Vaccination in Bombay 1889-1901 - 1889-1901
Year: 1889
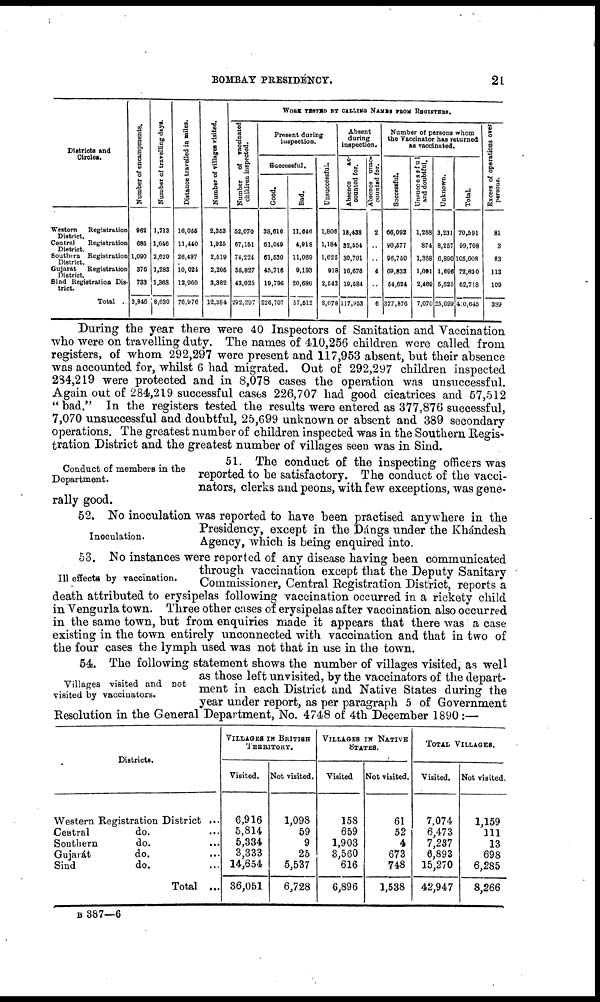
BOMBAY PRESIDENCY.
21
Districts and
Circles.
Western
Registration
District.
Central
Registration
District.
Southern Registration
District.
Gujarát
Registration
District.
Sind Registration Dis-
trict.
Total ..
Number of encampments.
962
685
1,090
370
733
3,646
Number of travelling days.
1,713
1,646
2,620
1,283
1,368
8,630
Distance travelled in miles.
16,055
11,440
26,497
10,024
12,960
76,976
Number of villages visited.
2,353
1,925
2,519
2,205
3,382
12,384
WORK TESTED BY CALLING NAMES FROM REGISTERS.
Number
of vaccinated
children inspected.
52,070
67,151
74,224
56,827
43,025
292,297
Present during
inspection.
Successful.
Good.
38,616
61,049
61,530
45,716
19,796
226,707
Bad.
11,646
4,918
11,069
9,193
20,686
57,512
Unsuccessful.
1,808
1,184
1,625
918
2,543
8,078
Absent
during
inspection.
Absence
ac-
counted for.
18,438
32,554
30,701
16,676
19,584
117,953
Absence unac-
counted for.
2
..
..
4
..
6
Number of persons whom
the Vaccinator has returned
as vaccinated.
Successful.
66.092
90,577
96,750
69,833
54,624
377,876
Unsuccessfu1
and doubtful.
1,268
874
1,368
1,091
2,469
7,070
Unknown.
3,231
8,257
6,890
1,696
5,625
25,699
Total.
70,591
99,708
105,008
72,620
62,718
40,645
Excess of operations over
persons.
81
3
83
113
109
389
During the year there were 40 Inspectors of Sanitation and Vaccination
who were on travelling duty. The names of 410,256 children were called from
registers, of whom 292,297 were present and 117,953 absent, but their absence
was accounted for, whilst 6 had migrated. Out of 292,297 children inspected
234,219 were protected and in 8,078 cases the operation was unsuccessful.
Again out of 284,219 successful cases 226,707 had good cicatrices and 57,512
" bad." In the registers tested the results were entered as 377,876 successful,
7,070 unsuccessful and doubtful, 25,699 unknown or absent and 389 secondary
operations. The greatest number of children inspected was in the Southern Regis-
tration District and the greatest number of villages seen was in Sind.
Conduct of members in the
Department.
51. The conduct of the inspecting officers was
reported to be satisfactory. The conduct of the vacci-
nators, clerks and peons, with few exceptions, was gene-
rally good.
Inoculation.
52. No inoculation was reported to have been practised anywhere in the
Presidency, except in the Dángs under the Khándesh
Agency, which is being enquired into.
Ill effects by vaccination.
53. No instances were reported of any disease having been communicated
through vaccination except that the Deputy Sanitary
Commissioner, Central Registration District, reports a
death attributed to erysipelas following vaccination occurred in a rickety child
in Vengurla town. Three other cases of erysipelas after vaccination also occurred
in the same town, but from enquiries made it appears that there was a case
existing in the town entirely unconnected with vaccination and that in two of
the four cases the lymph used was not that in use in the town.
Villages visited and not
visited by vaccinators.
54. The following statement shows the number of villages visited, as well
as those left unvisited, by the vaccinators of the depart-
ment in each District and Native States during the
year under report, as per paragraph 5 of Government
Resolution in the General Department, No. 4748 of 4th December 1890 :—
Districts.
Western Registration District ...
Central
do. ...
Southern
do. ...
Gujarát
do. ...
Sind
do. ...
Total ...
VILLAGES IN BRITISH
TERRITORY.
Visited.
6,916
5,814
5,334
3,333
14,654
36,051
Not visited.
1,098
59
9
25
5,537
6,728
VILLAGES IN NATIVE
STATES.
Visited
158
659
1,903
3,560
616
6,896
Not visited.
61
52
4
673
748
1,538
TOTAL VILLAGES.
Visited.
7,074
6,473
7,237
6,893
15,270
42,947
Not visited.
1,159
111
13
698
6,285
8,266
B 387—6